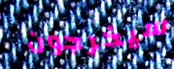
سيخرجون